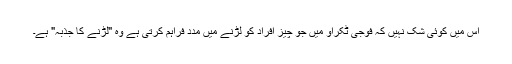
اس میں کوئی شک نہیں کہ فوجی ٹکراو میں جو چیز افراد کو لڑنے میں مدد فراہم کرتی ہے وہ "لڑنے کا جذبہ" ہے۔